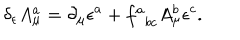
LaTeX: \delta _ { \epsilon } A _ { \mu } ^ { a } = \partial _ { \mu } \epsilon ^ { a } + f _ { \; \; b c } ^ { a } A _ { \mu } ^ { b } \epsilon ^ { c } .